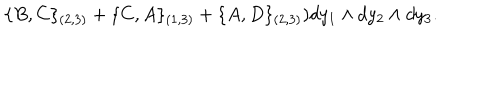
\{ B , C \} _ { ( 2 , 3 ) } + \{ C , A \} _ { ( 1 , 3 ) } + \{ A , D \} _ { ( 2 , 3 ) } ) d y _ { 1 } \wedge d y _ { 2 } \wedge d y _ { 3 } .